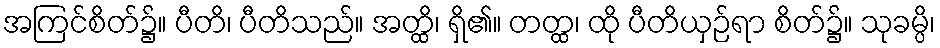
အကြင်စိတ်၌။ ပီတိ၊ ပီတိသည်။ အတ္ထိ၊ ရှိ၏။ တတ္ထ၊ ထို ပီတိယှဉ်ရာ စိတ်၌။ သုခမ္ပိ၊